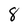
Character: 8